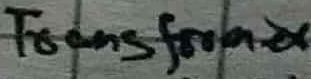
Text: Transformer